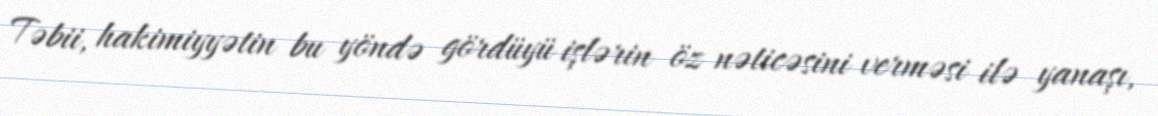
Təbii, hakimiyyətin bu yöndə gördüyü işlərin öz nəticəsini verməsi ilə yanaşı,